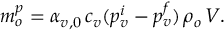
m _ { o } ^ { p } = \alpha _ { v , 0 } \, c _ { v } ( p _ { v } ^ { i } - p _ { v } ^ { f } ) \, \rho _ { o } \, V .